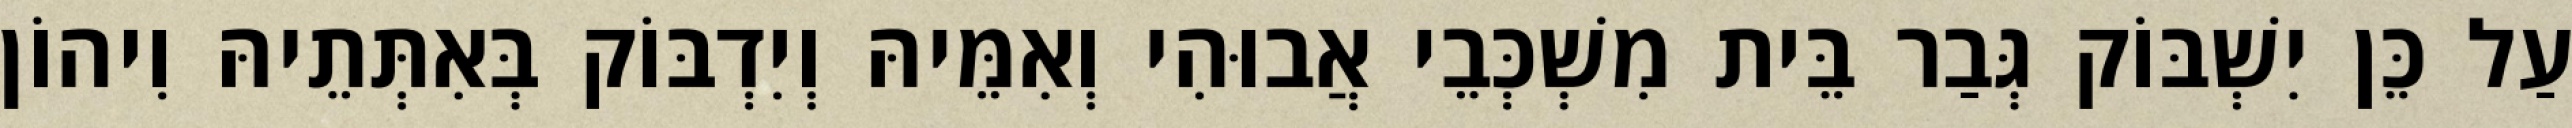
עַל כֵּן יִשְׁבּוֹק גְּבַר בֵּית מִשְׁכְּבֵי אֲבוּהִי וְאִמֵּיהּ וְיִדְבּוֹק בְּאִתְּתֵיהּ וִיהוֹן